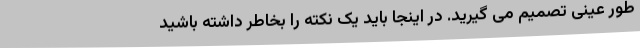
طور عینی تصمیم می گیرید. در اینجا باید یک نکته را بخاطر داشته باشید